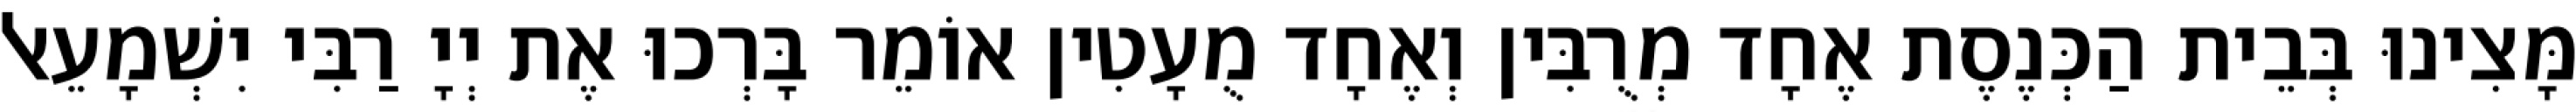
מָּצִינוּ בְּבֵית הַכְּנֶסֶת אֶחָד מְרֻבִּין וְאֶחָד מֻעָטִין אוֹמֵר בָּרְכוּ אֶת יְיָ רַבִּי יִשְׁמָעֵאל